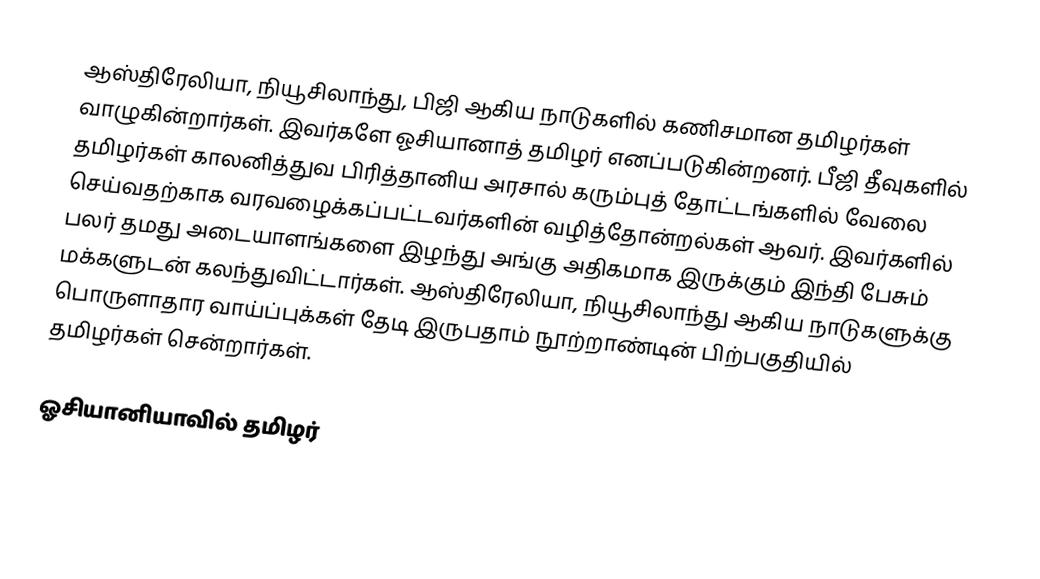
ஆஸ்திரேலியா, நியூசிலாந்து, பிஜி ஆகிய நாடுகளில் கணிசமான தமிழர்கள் வாழுகின்றார்கள். இவர்களே ஓசியானாத் தமிழர் எனப்படுகின்றனர். பீஜி தீவுகளில் தமிழர்கள் காலனித்துவ பிரித்தானிய அரசால் கரும்புத் தோட்டங்களில் வேலை செய்வதற்காக வரவழைக்கப்பட்டவர்களின் வழித்தோன்றல்கள் ஆவர்.  இவர்களில் பலர் தமது அடையாளங்களை இழந்து அங்கு அதிகமாக இருக்கும் இந்தி பேசும் மக்களுடன் கலந்துவிட்டார்கள்.  ஆஸ்திரேலியா, நியூசிலாந்து ஆகிய நாடுகளுக்கு பொருளாதார வாய்ப்புக்கள் தேடி இருபதாம் நூற்றாண்டின் பிற்பகுதியில் தமிழர்கள் சென்றார்கள்.

ஓசியானியாவில் தமிழர்